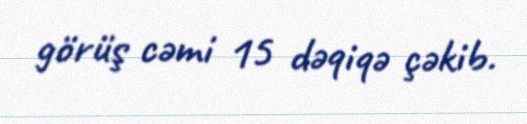
görüş cəmi 15 dəqiqə çəkib.